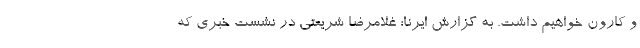
و کارون خواهیم داشت. به گزارش ایرنا؛ غلامرضا شریعتی در نشست خبری که